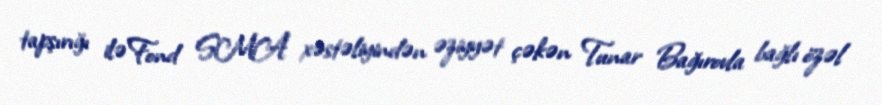
tapşırığı ilə Fond SMA xəstəliyindən əziyyət çəkən Tunar Bağırovla bağlı özəl